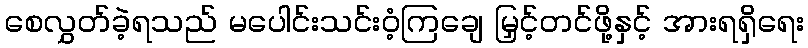
စေလွှတ်ခဲ့ရသည် မပေါင်းသင်းဝံ့ကြချေ မြှင့်တင်ဖို့နှင့် အားရရှိရေး